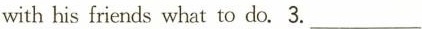
with his friends what to do.3.___